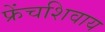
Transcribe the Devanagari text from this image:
फ्रेंचशिवाय